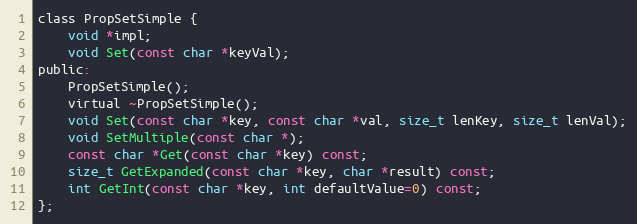
Language: C
class PropSetSimple {
	void *impl;
	void Set(const char *keyVal);
public:
	PropSetSimple();
	virtual ~PropSetSimple();
	void Set(const char *key, const char *val, size_t lenKey, size_t lenVal);
	void SetMultiple(const char *);
	const char *Get(const char *key) const;
	size_t GetExpanded(const char *key, char *result) const;
	int GetInt(const char *key, int defaultValue=0) const;
};